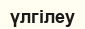
үлгілеу